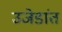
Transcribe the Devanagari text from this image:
उजेडांत